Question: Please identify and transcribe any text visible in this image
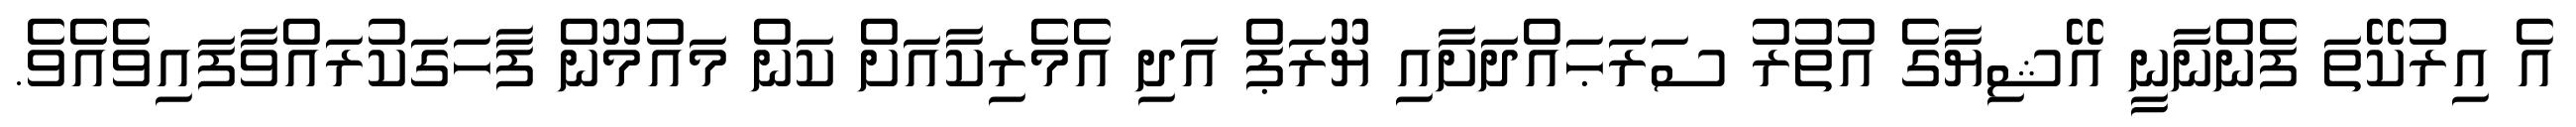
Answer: އެ އިރުކޭތަ ފެންނާނީ އޭޝިޔާގެ އުތުރު ސަރަޙައްދަށާއި ޔޫރަޕް އަދި އެމެރިކާއަށް ކަން މައުމޫން ފާހަގަކުރައްވާފައިވެއެވެ.